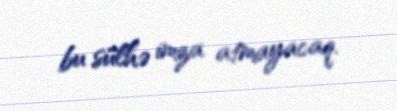
bu sülhə imza atmayacaq.